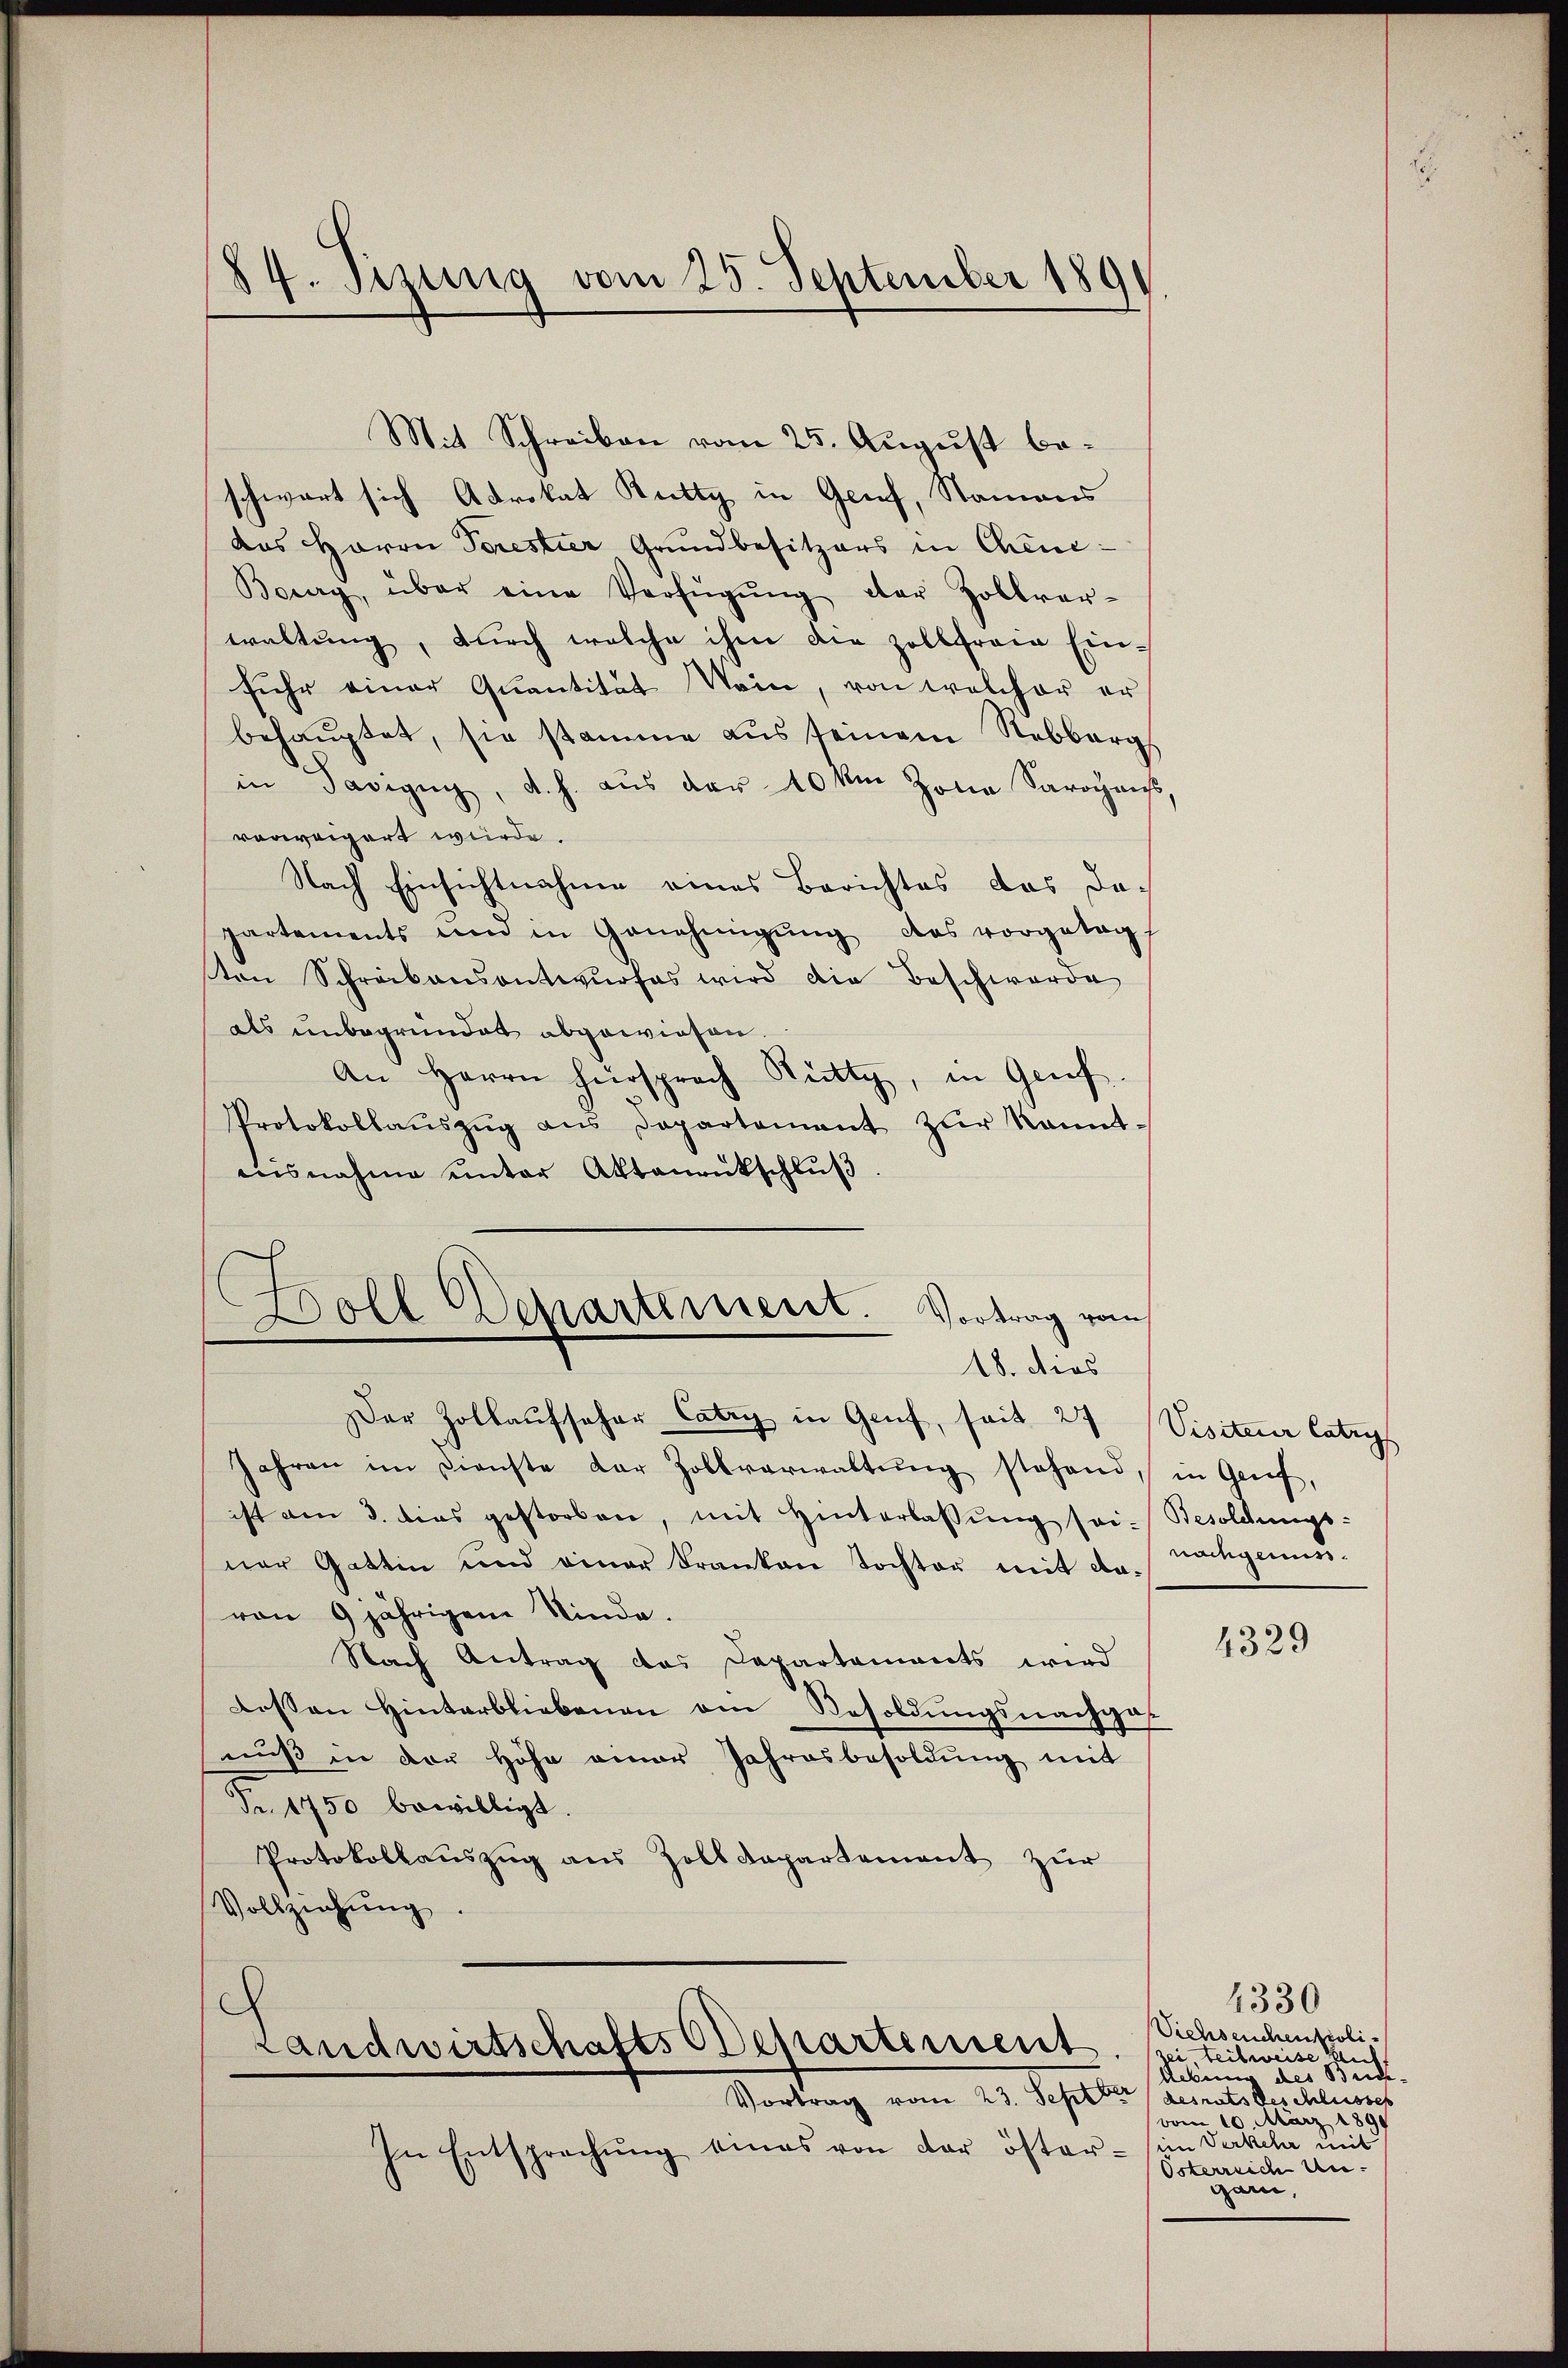
Mit Schreiben vom 25. August beschwart sich Advokat Rutty in Genf, Namens
das Herrn Torestier Grundbesitzers in Chene:
Berry, über eine Verfügŭng der Zollver-
waltung, durch welche ihm die Zollfreie Einfuhr einer Quantität Nein, von welcher er
behauptet, sie stamme aus seinem Rebberg
in Savigŭg, d. h. aŭs der 40 km Zolia Sarogans,
vorweigert wurde.
Nach Einsichtnahme eines Berichtes das dapartements und in Genehmigŭng das vorgetagt
ton Schreibensantwurfes wird die Beschwerde
als unbegründet abgewiesen.
An Herrn Hersprach Rütty, in Gruf
Protokollaŭszŭg ans Departement zŭr kannt
nisnahme unter Aktenrückschluß

84. Pezing vom 25. September 189

Doll Departement. Vortrag vom
18. dies

Der Zollaufseher Catry in Genf, seit 27 Visiter Catrys
Jahren im Dienste dar Zollverwaltŭng stehend, in Genf,
ist am 3. dies gestorben, mit Hinterlassŭng sei. Besoldungs-
ner Gattin und einer Franken tochter mit da nachgemei-
von 9 jährigem Kinde.
Nach Antrag das Departaments wird
dossen Hinterbliebenen am Resoldungsnachgas
nuß in der Höhe einer Jahresbesoldung mit
Pr. 1750 bewilligt.
Protokollauszug aus Zolldepartement zur
Vollziehŭng.
Landwirtschafts Ochartement
Vortrag vom 23. Septbr (desrats beschlusses
In Entsprechung eines von der öster (in Verkel mit

4329

4330
Viehseuchenpoliteilweise auf
Neben des Beide-
vom 10. März 1891
Österreich Ungarn,